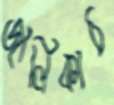
জালিকাঠ